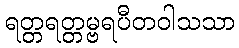
ရတ္တရတ္တမ္ဗရပီတဝါသသာ